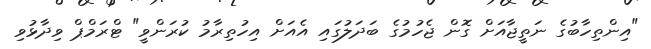
"އިންތިހާބުގެ ނަތީޖާއަށް ގޮން ޖެހުމުގެ ބަދަލުގައި އެއަށް އިހުތިރާމު ކުރަންވީ" ޓްރަމްޕް ވިދާޅުވި